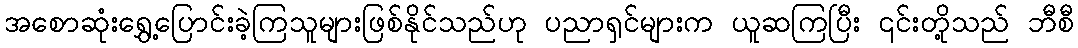
အစောဆုံးရွှေ့ပြောင်းခဲ့ကြသူများဖြစ်နိုင်သည်ဟု ပညာရှင်များက ယူဆကြပြီး ၎င်းတို့သည် ဘီစီ